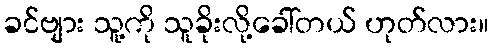
ခင်ဗျား သူ့ကို သူခိုးလို့ခေါ်တယ် ဟုတ်လား။